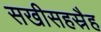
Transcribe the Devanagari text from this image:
सखीसहस्रैह